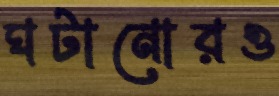
ঘটানোরও